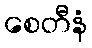
စေတီနံ